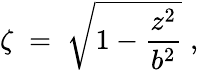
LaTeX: \zeta\; =\; \sqrt{1-{\frac{z^{2}}{b^{2}}}}\; ,